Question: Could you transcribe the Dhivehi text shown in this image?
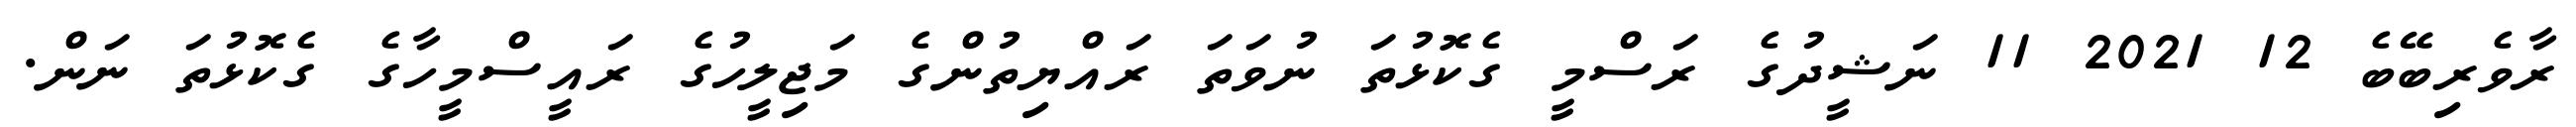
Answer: ރާވެރިބޭބެ 12 2021 11 ނަޝީދުގެ ރަސްމީ ގެކޮޅުތަ ނުވަތަ ރައްޔިތުންގެ މަޖިލީހުގެ ރައީސްމީހާގެ ގެކޮޅުތަ ނަން.